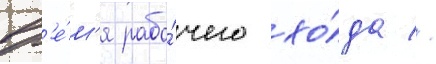
вр'е́м'я рабо́чего хо́да //